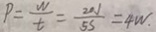
P = \frac { W } { t } = \frac { 2 0 J } { 5 S } = 4 W